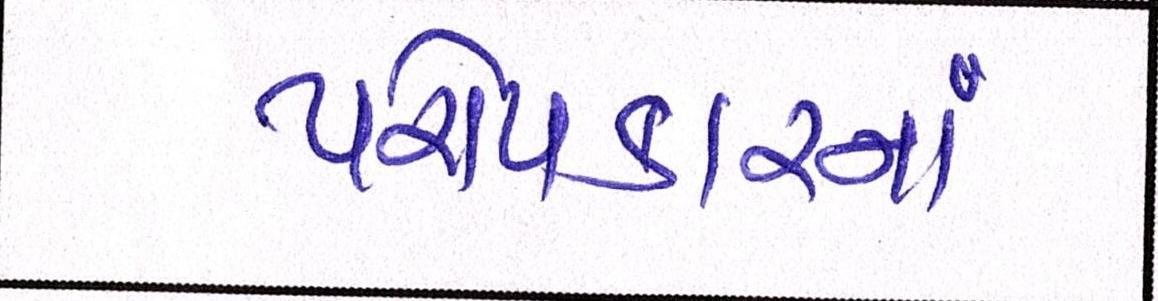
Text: પરોપકારનાં